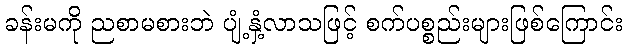
ခန်းမကို ညစာမစားဘဲ ပျံ့နှံ့လာသဖြင့် စက်ပစ္စည်းများဖြစ်ကြောင်း